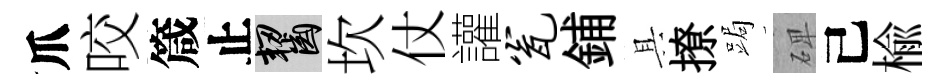
爪咬箴止齧坎仗讙瓮鋪具撩跼𥓓己楡